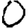
Digit: 0